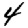
Digit: 4